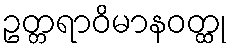
ဥတ္တရာဝိမာနဝတ္ထု